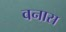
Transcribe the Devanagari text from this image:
वनास